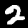
Digit: 2